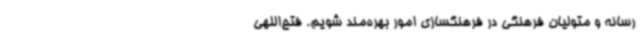
رسانه و متولیان فرهنگی در فرهنگسازی امور بهره‌مند شویم. فتح‌اللهی